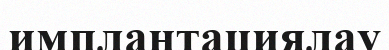
имплантациялау